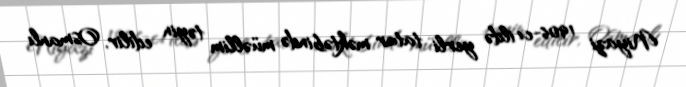
Niyazi 1906-cı ildə yerli tatar məktəbində müəllim təyin edilir, Osmanlı